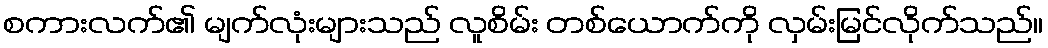
စကားလက်၏ မျက်လုံးများသည် လူစိမ်း တစ်ယောက်ကို လှမ်းမြင်လိုက်သည်။